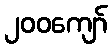
၂၀၀ကျော်